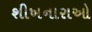
શીખનારાઓ